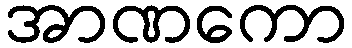
အာဏကော